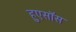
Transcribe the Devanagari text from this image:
हुएसॉस